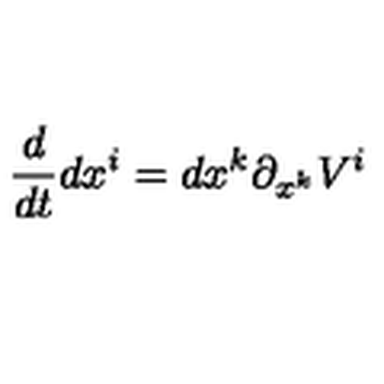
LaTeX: { \frac { d } { d t } } d x ^ { i } = d x ^ { k } \partial _ { x ^ { k } } V ^ { i }